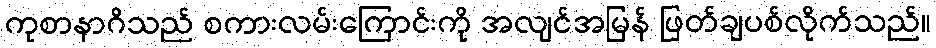
ကုစာနာဂိသည် စကားလမ်းကြောင်းကို အလျင်အမြန် ဖြတ်ချပစ်လိုက်သည်။